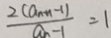
\frac { 2 ( a _ { n + 1 } - 1 ) } { a _ { n - 1 } } = 1